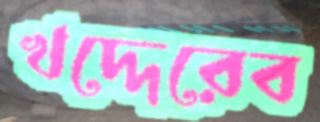
খদ্দেরেব